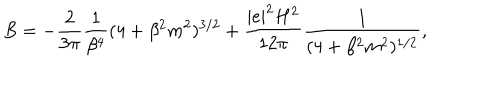
B = - \frac { 2 } { 3 \pi } \frac { 1 } { \beta ^ { 4 } } ( 4 + \beta ^ { 2 } m ^ { 2 } ) ^ { 3 / 2 } + \frac { { \vert e \vert } ^ { 2 } H ^ { 2 } } { 1 2 \pi } \frac { 1 } { ( 4 + \beta ^ { 2 } m ^ { 2 } ) ^ { 1 / 2 } } ,